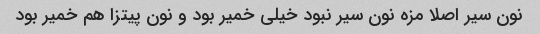
نون سیر اصلا مزه نون سیر نبود خیلی خمیر بود و نون پیتزا هم خمیر بود